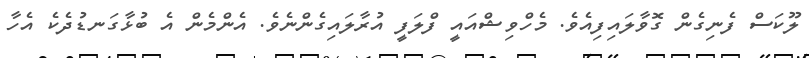
ލޫކަސް ފެނިގެން ގޮވާލައިފިއެވެ. މެހްވިޝްއައީ ފްލަފީ އުރާލައިގެންނެވެ. އެންމެން އެ ބުޅާގަނޑުދެކެ އެހާ